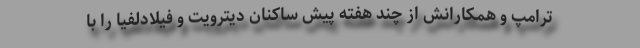
ترامپ و همکارانش از چند هفته پیش ساکنان دیترویت و فیلادلفیا را با